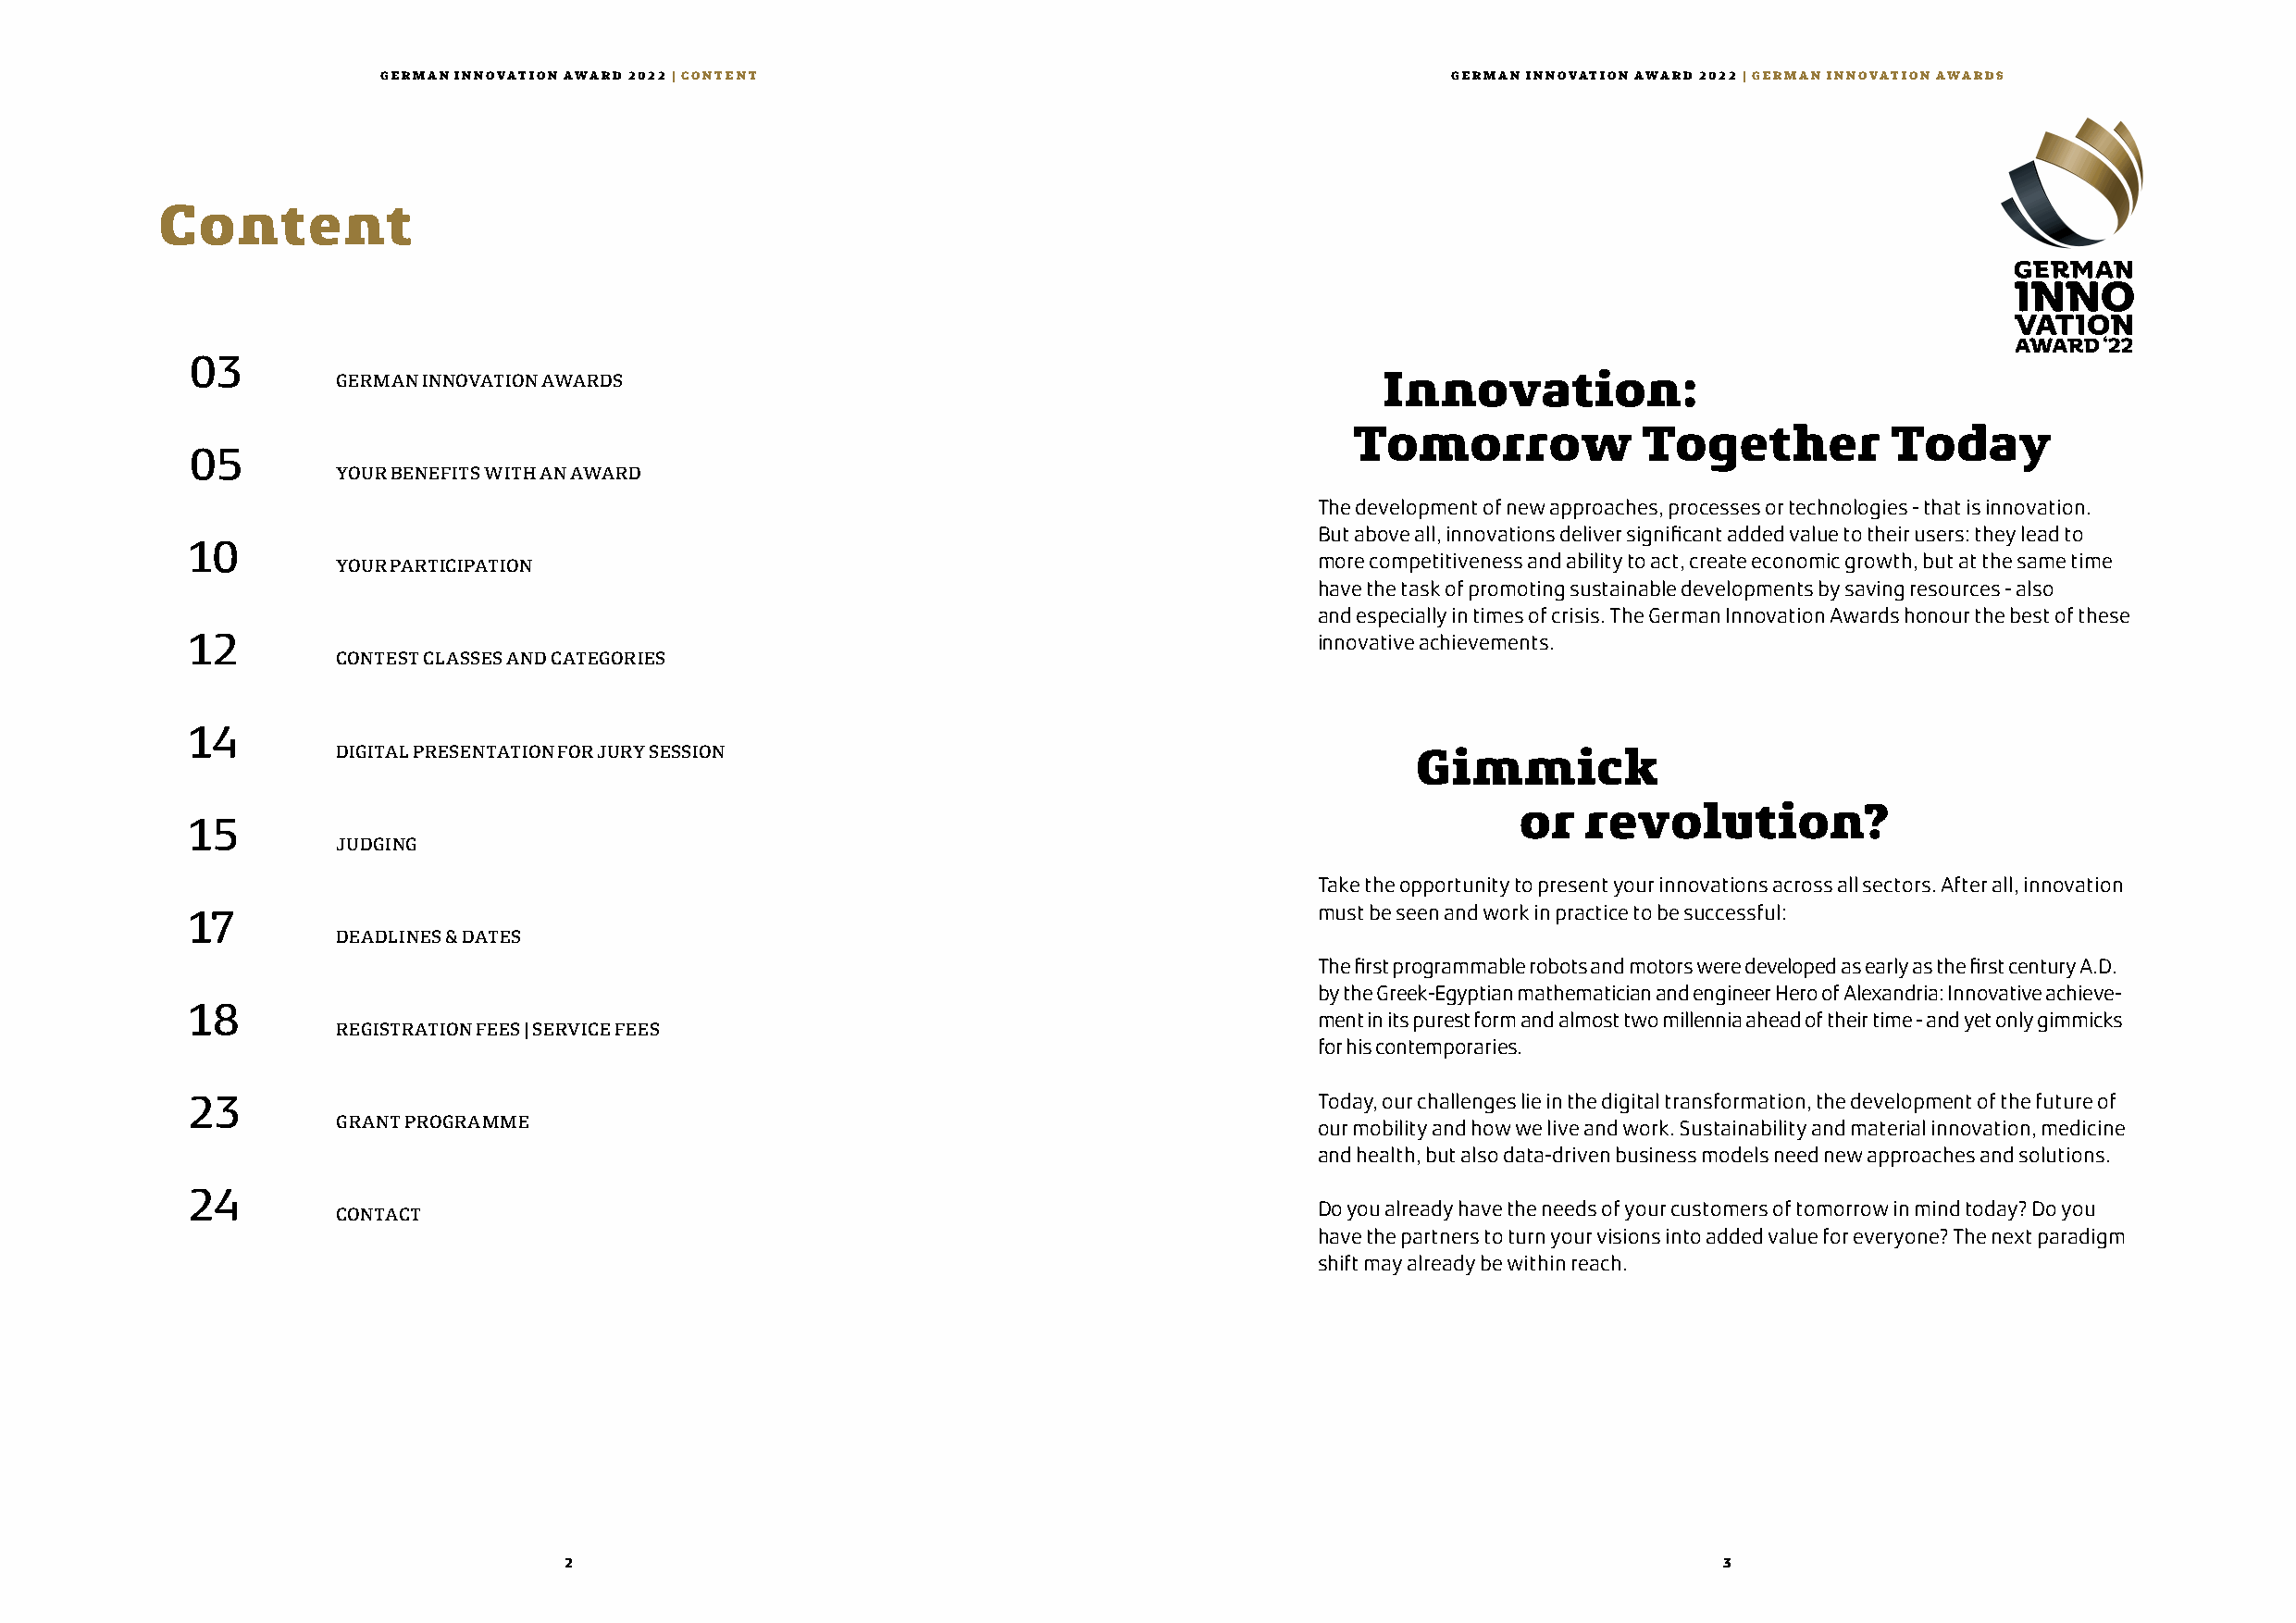
GERMAN INNOVATION AWARD 2022 | CONTENT                                       GERMAN INNOVATION AWARD 2022 | GERMAN INNOVATION AWARDS
 Content
 03
 GERMAN INNOVATION AWARDS                                                   Innovation:
 Tomorrow            Together          Today
 05
 YOUR BENEFITS WITH AN AWARD
 The development of new approaches, processes or technologies - that is innovation.
 But above all, innovations deliver significant added value to their users: they lead to
 10
 more competitiveness and ability to act, create economic growth, but at the same time
 YOUR PARTICIPATION
 have the task of promoting sustainable developments by saving resources - also
 and especially in times of crisis. The German Innovation Awards honour the best of these
 12                                                                               innovative achievements.
 CONTEST CLASSES AND CATEGORIES
 14
 DIGITAL PRESENTATION FOR JURY SESSION                                        Gimmick
 or  revolution?
 15
 JUDGING
 Take the opportunity to present your innovations across all sectors. After all, innovation
 17                                                                               must be seen and work in practice to be successful:
 DEADLINES & DATES
 The first programmable robots and motors were developed as early as the first century A.D.
 by the Greek-Egyptian mathematician and engineer Hero of Alexandria: Innovative achieve-
 18
 ment in its purest form and almost two millennia ahead of their time - and yet only gimmicks
 REGISTRATION FEES | SERVICE FEES
 for his contemporaries.
 23                                                                               Today, our challenges lie in the digital transformation, the development of the future of
 GRANT PROGRAMME                                                       our mobility and how we live and work. Sustainability and material innovation, medicine
 and health, but also data-driven business models need new approaches and solutions.
 24
 Do you already have the needs of your customers of tomorrow in mind today? Do you
 CONTACT
 have the partners to turn your visions into added value for everyone? The next paradigm
 shift may already be within reach.
 2                                                                                  3